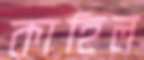
কাহিল